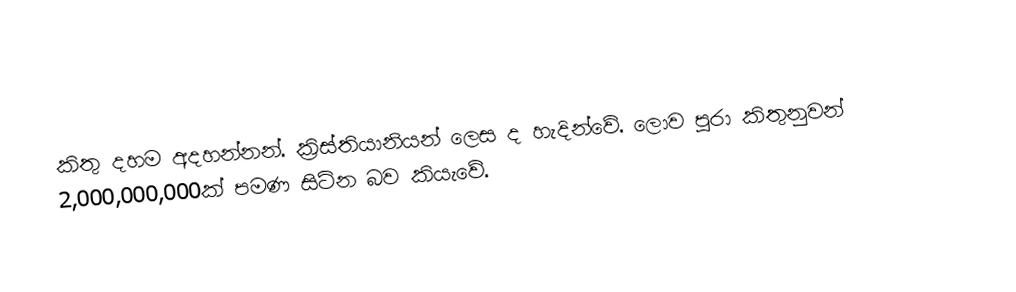
කිතු දහම අදහන්නන්‍. ක්‍රිස්තියානියන් ලෙස ද හැදින්වේ. ලොව පුරා කිතුනුවන් 2,000,000,000ක් පමණ සිටින බව කියැවේ.